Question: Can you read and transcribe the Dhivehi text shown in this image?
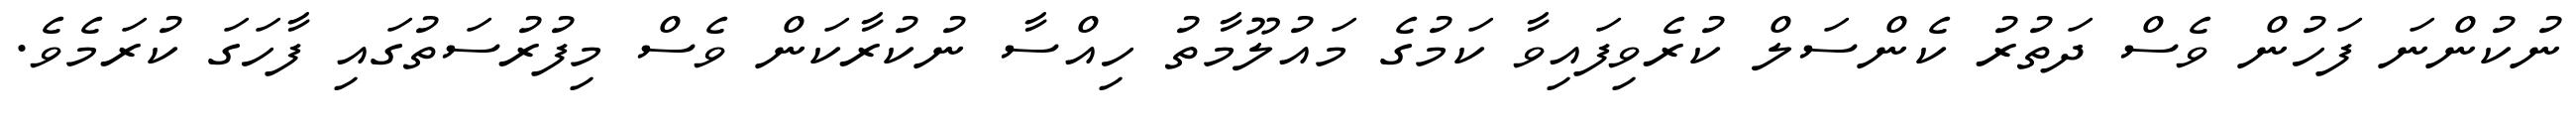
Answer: ނުކުންނަ ފަހުން ވެސް ދަތުރު ކެންސަލް ކުރެވިފައިވާ ކަމުގެ މައުލޫމާތު ހިއްސާ ނުކުރާކަން ވެސް މިފުރުސަތުގައި ފާހަގަ ކުރަމެވެ.